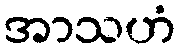
အာသဟံ